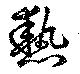
熱